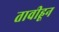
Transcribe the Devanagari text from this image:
तावीहून